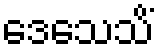
ဒေသေသိံ